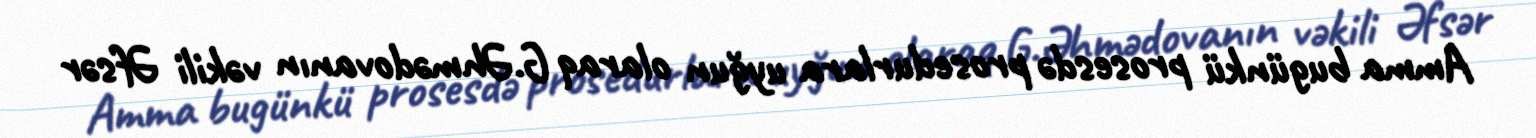
Amma bugünkü prosesdə prosedurlara uyğun olaraq G.Əhmədovanın vəkili Əfsər